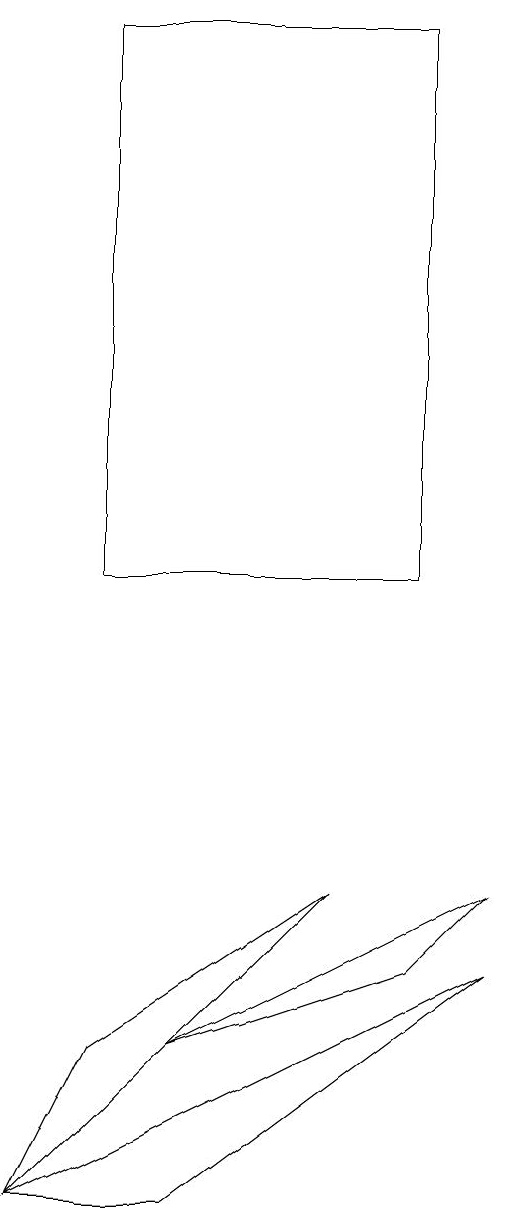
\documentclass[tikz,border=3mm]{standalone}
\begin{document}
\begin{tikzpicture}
\draw (7,6) -- (4,4) -- (3,2) -- cycle;
\draw (9,5) -- (3,2) -- (5,2) -- cycle;
\draw (8,17) rectangle (4,10);
\draw (8,5) -- (9,6) -- (5,4) -- cycle;
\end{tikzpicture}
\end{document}